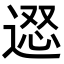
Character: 𨔇